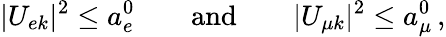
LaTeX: |U_{ek}|^{2}\leq a_{e}^{0}\qquad\mathrm{and}\qquad|U_{{\mu}k}|^{2}\leq a_{\mu}^{0}\, ,